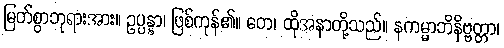
မြတ်စွာဘုရားအား။ ဥပ္ပန္နာ၊ ဖြစ်ကုန်၏။ တေ၊ ထိုအနာတို့သည်။ နကမ္မာဘိနိဗ္ဗတ္တာ၊